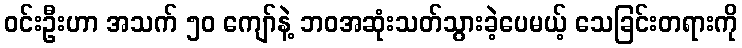
ဝင်းဦးဟာ အသက် ၅၀ ကျော်နဲ့ ဘဝအဆုံးသတ်သွားခဲ့ပေမယ့် သေခြင်းတရားကို